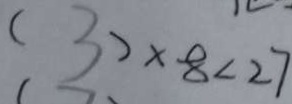
( 3 ) \times 8 < 2 7